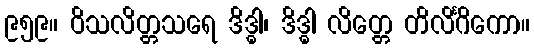
၉၅၉။ ဝိသလိတ္တသရေ ဒိဒ္ဓါ၊ ဒိဒ္ဓါ လိတ္တေ တိလိင်္ဂိကော။